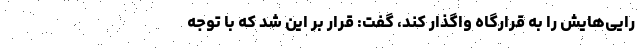
رایی‌هایش را به قرارگاه واگذار کند، گفت: قرار بر این شد که با توجه